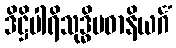
ဒိဋ္ဌိပါရိသုဒ္ဓိပဓာနိယင်္ဂံ